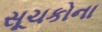
સૂચકોના